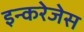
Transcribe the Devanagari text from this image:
इन्करेजेस